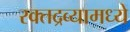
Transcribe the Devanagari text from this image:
रक्तद्रव्यामध्ये